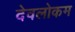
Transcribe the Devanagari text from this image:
देवलोकम